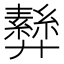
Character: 𢍵